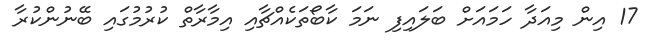
17 އިން މިއަދާ ހަމައަށް ބަލައިފި ނަމަ ކާބޯތަކެއްޗާއި އިމާރާތް ކުރުމުގައި ބޭނުންކުރާ